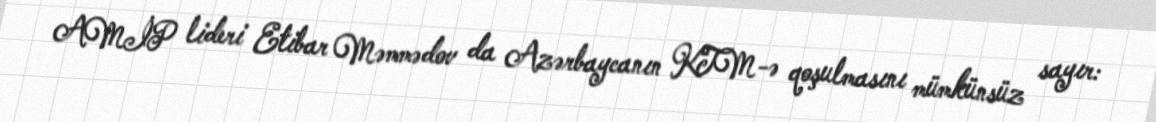
AMİP lideri Etibar Məmmədov da Azərbaycanın KTM-ə qoşulmasını mümkünsüz sayır: